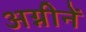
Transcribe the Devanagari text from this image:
अग्नीनें